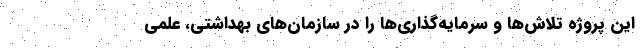
این پروژه تلاش‌ها و سرمایه‌گذاری‌ها را در سازمان‌های بهداشتی، علمی